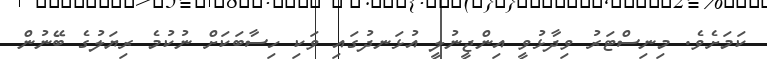
ކަމަށެވެ. މިނިސްޓަރު ވިދާޅުވީ އިންޖީނުލީ އުޅަނދުގައި ވަކި ހިސާބަކަށް ނުކުމެ ރިޔަލުގެ ބޭނުން